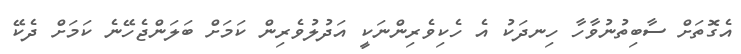
އެގޮތަށް ސާބިތުނުވާހާ ހިނދަކު އެ ހެކިވެރިންނަކީ އަދުލުވެރިން ކަމަށް ބަލަންޖެހޭނެ ކަމަށް ދެކޭ